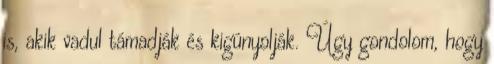
is, akik vadul támadják és kigúnyolják. Úgy gondolom, hogy